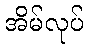
အိမ်လုပ်